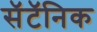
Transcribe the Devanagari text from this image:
सॅटॅनिक